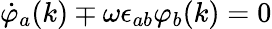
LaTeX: \dot{\varphi}_{a}(k)\mp\omega\epsilon_{ab}\varphi_{b}(k)=0